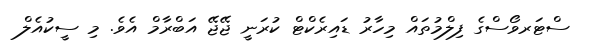
ސްޓަރވޯސްގެ ފިލްމުތައް މިހާރު ޑައިރެކްޓް ކުރަނީ ޖޭޖޭ އަބްރާމް އެވެ. މި ސީކުއެލް